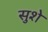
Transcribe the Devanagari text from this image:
सुशे